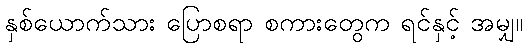
နှစ်ယောက်သား ပြောစရာ စကားတွေက ရင်နှင့် အမျှ။